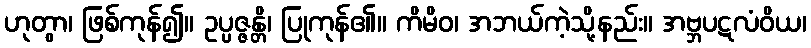
ဟုတွာ၊ ဖြစ်ကုန်၍။ ဥပ္ပဇ္ဇန္တိ၊ ပြုကုန်၏။ ကိမိဝ၊ အဘယ်ကဲ့သို့နည်း။ အဗ္ဘပဋလံဝိယ၊